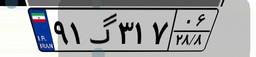
۶۵گ۴۴۸۶۲